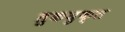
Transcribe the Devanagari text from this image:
तुकयुक्त